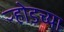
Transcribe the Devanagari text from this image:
ऱ्होडच्या